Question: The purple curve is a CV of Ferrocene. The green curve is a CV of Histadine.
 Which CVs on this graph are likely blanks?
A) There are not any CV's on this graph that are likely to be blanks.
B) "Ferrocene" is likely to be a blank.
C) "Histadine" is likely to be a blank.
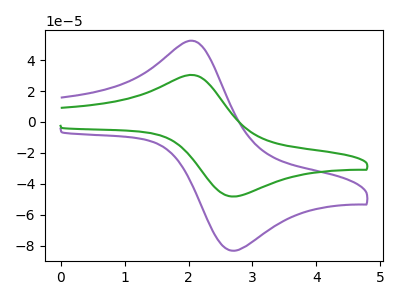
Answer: <think>The purple curve "Ferrocene" has an anodic peak at (2.10V, 52.00uA) and a cathodic peak at (2.75V, -83.15uA). The green curve "Histadine" has an anodic peak at (2.10V, 30.10uA) and a cathodic peak at (2.75V, -48.15uA).</think>
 <answer>A) There are not any CV's on this graph that are likely to be blanks.</answer>
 <eval>A</eval>